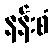
နန်းစံ